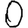
Digit: 0